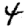
Digit: 4